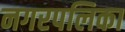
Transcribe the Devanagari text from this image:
नगरपलिका